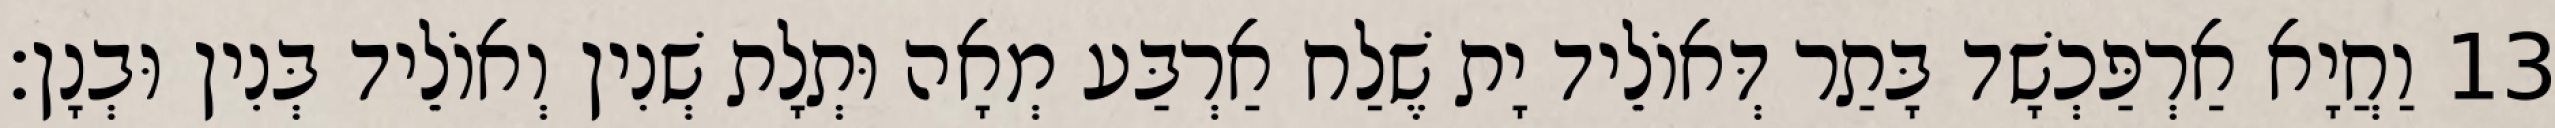
13 וַחֲיָא אַרְפַּכְשָׁד בָּתַר דְּאוֹלֵיד יָת שֶׁלַח אַרְבַּע מְאָה וּתְלָת שְׁנִין וְאוֹלֵיד בְּנִין וּבְנָן׃